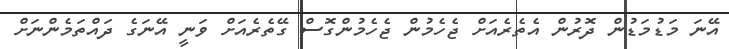
އޭނަ މަޑުމަޑުން ދޮރުން އެތެރެއަށް ޖެހެމުން ޖެހެމުންގޮސް ގޭތެރެއަށް ވަނީ އޭނަގެ ދައްތަމެންނަށް